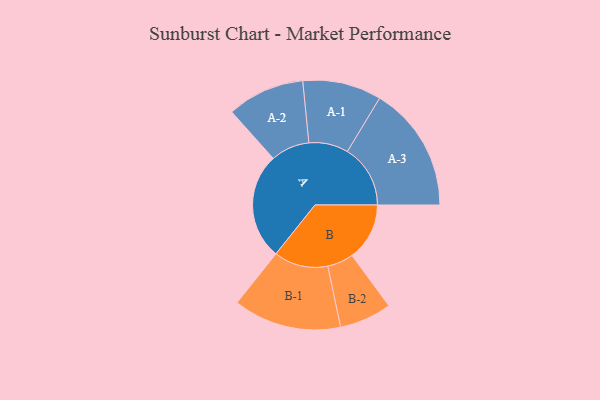
{"axis": {"x": "Segment", "y": "Value"}, "legend": ["", "A", "B"], "data": [{"x": "A", "y": 465, "type": ""}, {"x": "B", "y": 251, "type": ""}, {"x": "A-1", "y": 172, "type": "A"}, {"x": "A-2", "y": 169, "type": "A"}, {"x": "A-3", "y": 275, "type": "A"}, {"x": "B-1", "y": 236, "type": "B"}, {"x": "B-2", "y": 114, "type": "B"}]}